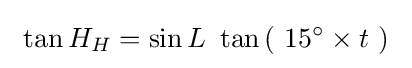
\ \tan H_{H}=\sin L\ \tan \left(\ 15^{\circ }\times t\ \right)\